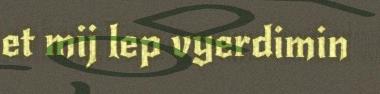
et mij lep vyerdimin